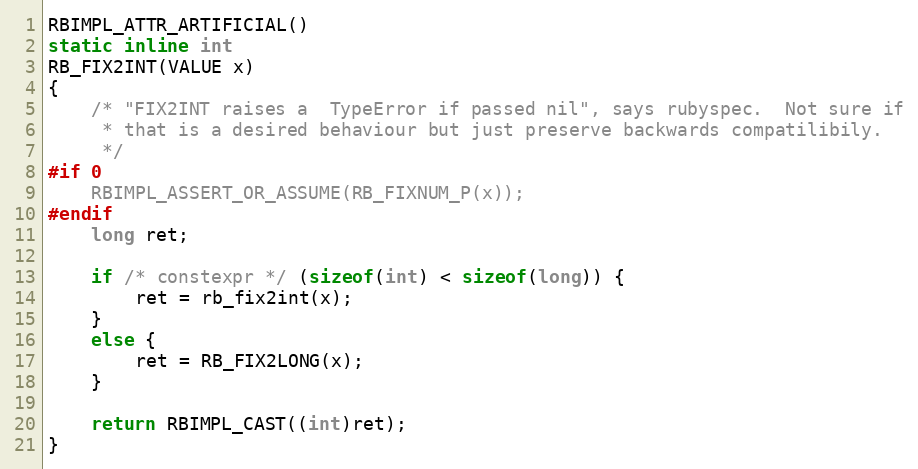
Language: C
RBIMPL_ATTR_ARTIFICIAL()
static inline int
RB_FIX2INT(VALUE x)
{
    /* "FIX2INT raises a  TypeError if passed nil", says rubyspec.  Not sure if
     * that is a desired behaviour but just preserve backwards compatilibily.
     */
#if 0
    RBIMPL_ASSERT_OR_ASSUME(RB_FIXNUM_P(x));
#endif
    long ret;

    if /* constexpr */ (sizeof(int) < sizeof(long)) {
        ret = rb_fix2int(x);
    }
    else {
        ret = RB_FIX2LONG(x);
    }

    return RBIMPL_CAST((int)ret);
}